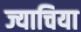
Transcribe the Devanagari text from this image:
ज्याचिया